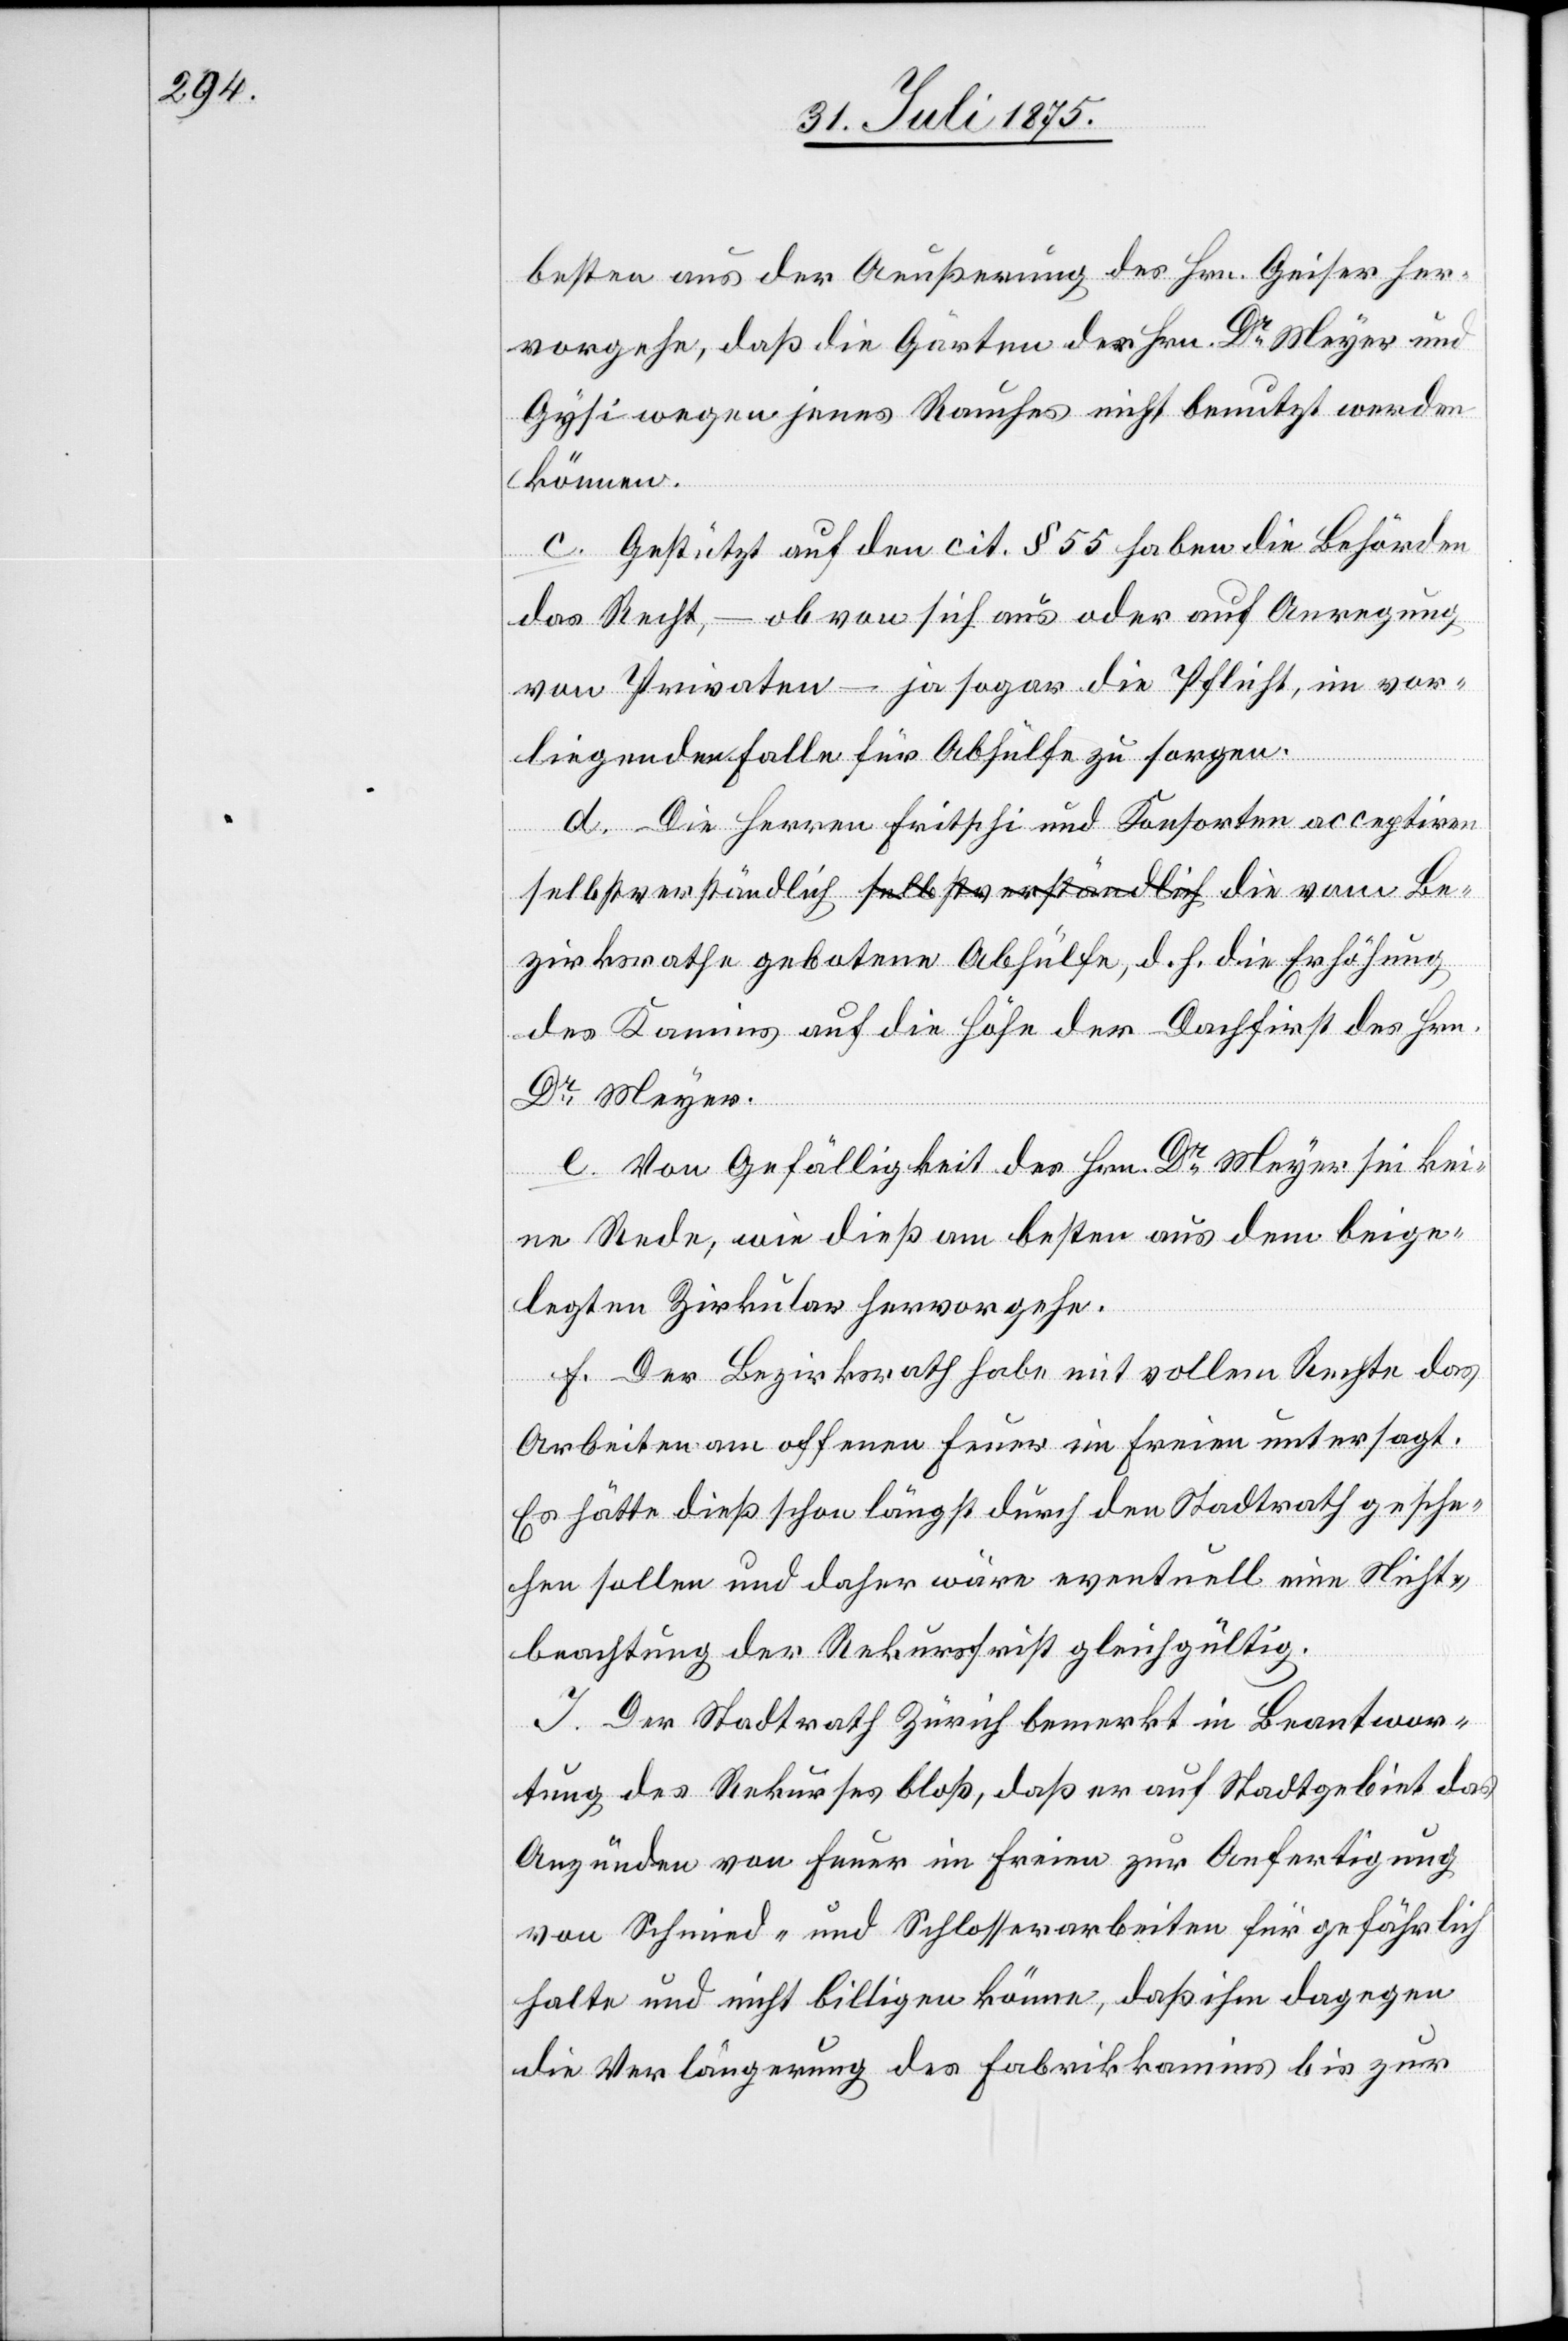
besten aus der Aeußerung des Hrn. Geiser her¬
vorgehe, daß die Gärten der Hrn. Dr Meyer und
Gysi wegen jenes Rauches nicht benutzt werden
können.
c. Gestützt auf den cit. § 55 haben die Behörden
das Recht, – ob von sich aus oder auf Anregung
von Privaten – ja sogar die Pflicht, im vor¬
die
liegenden Falle für Abhülfe zu sorgen.
d. Die Herren Fritschi und Konsorten acceptiren
zirksrathe gebotene Abhülfe, d. h. die Erhöhung
des Kamins auf die Höhe der Dachfirst des Hrn.
Be¬
Dr Meyer.
e. Von Gefälligkeit des Hrn. Dr Meyer sei kei¬
ne Rede, wie dieß am besten aus dem beige¬
legten Zirkular hervorgehe.
f. Der Bezirksrath habe mit vollem Recht das
Arbeiten am offenen Feuer im Freien untersagt.
Es hätte dieß schon längst durch den Stadtrath gesche¬
hen sollen und daher wäre eventuell eine Nicht¬
beachtung der Rekursfrist gleichgültig.
I. Der Stadtrath Zürich bemerkt in Beantwor¬
tung des Rekurses bloß, daß er auch Stadtgebiet das
Anzünden von Feuer im Freien zur Anfertigung
von Schmied- und Schlosserarbeiten für gefährlich
halte und nicht billigen könne, daß ihm dagegen
die Verlängerung des Fabrikkamins bis zur